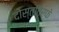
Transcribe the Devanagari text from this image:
दोस्तांतर्फे